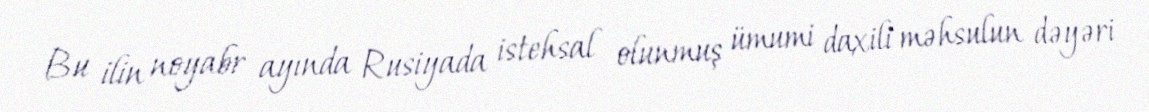
Bu ilin noyabr ayında Rusiyada istehsal olunmuş ümumi daxili məhsulun dəyəri